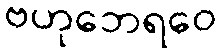
ဗဟုဘေရဝေ